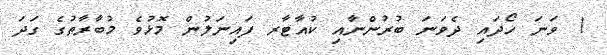
1 ވަނަ ހޯދައި ދެވަނަ ބުރުންނާއި ކުއާޓާރ ފައިނަލުން މޮޅުވެ މުބާރާތުގެ ގަދަ